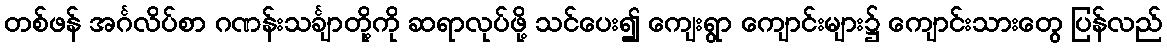
တစ်ဖန် အင်္ဂလိပ်စာ ဂဏန်းသင်္ချာတို့ကို ဆရာလုပ်ဖို့ သင်ပေး၍ ကျေးရွာ ကျောင်းများ၌ ကျောင်းသားတွေ ပြန်လည်